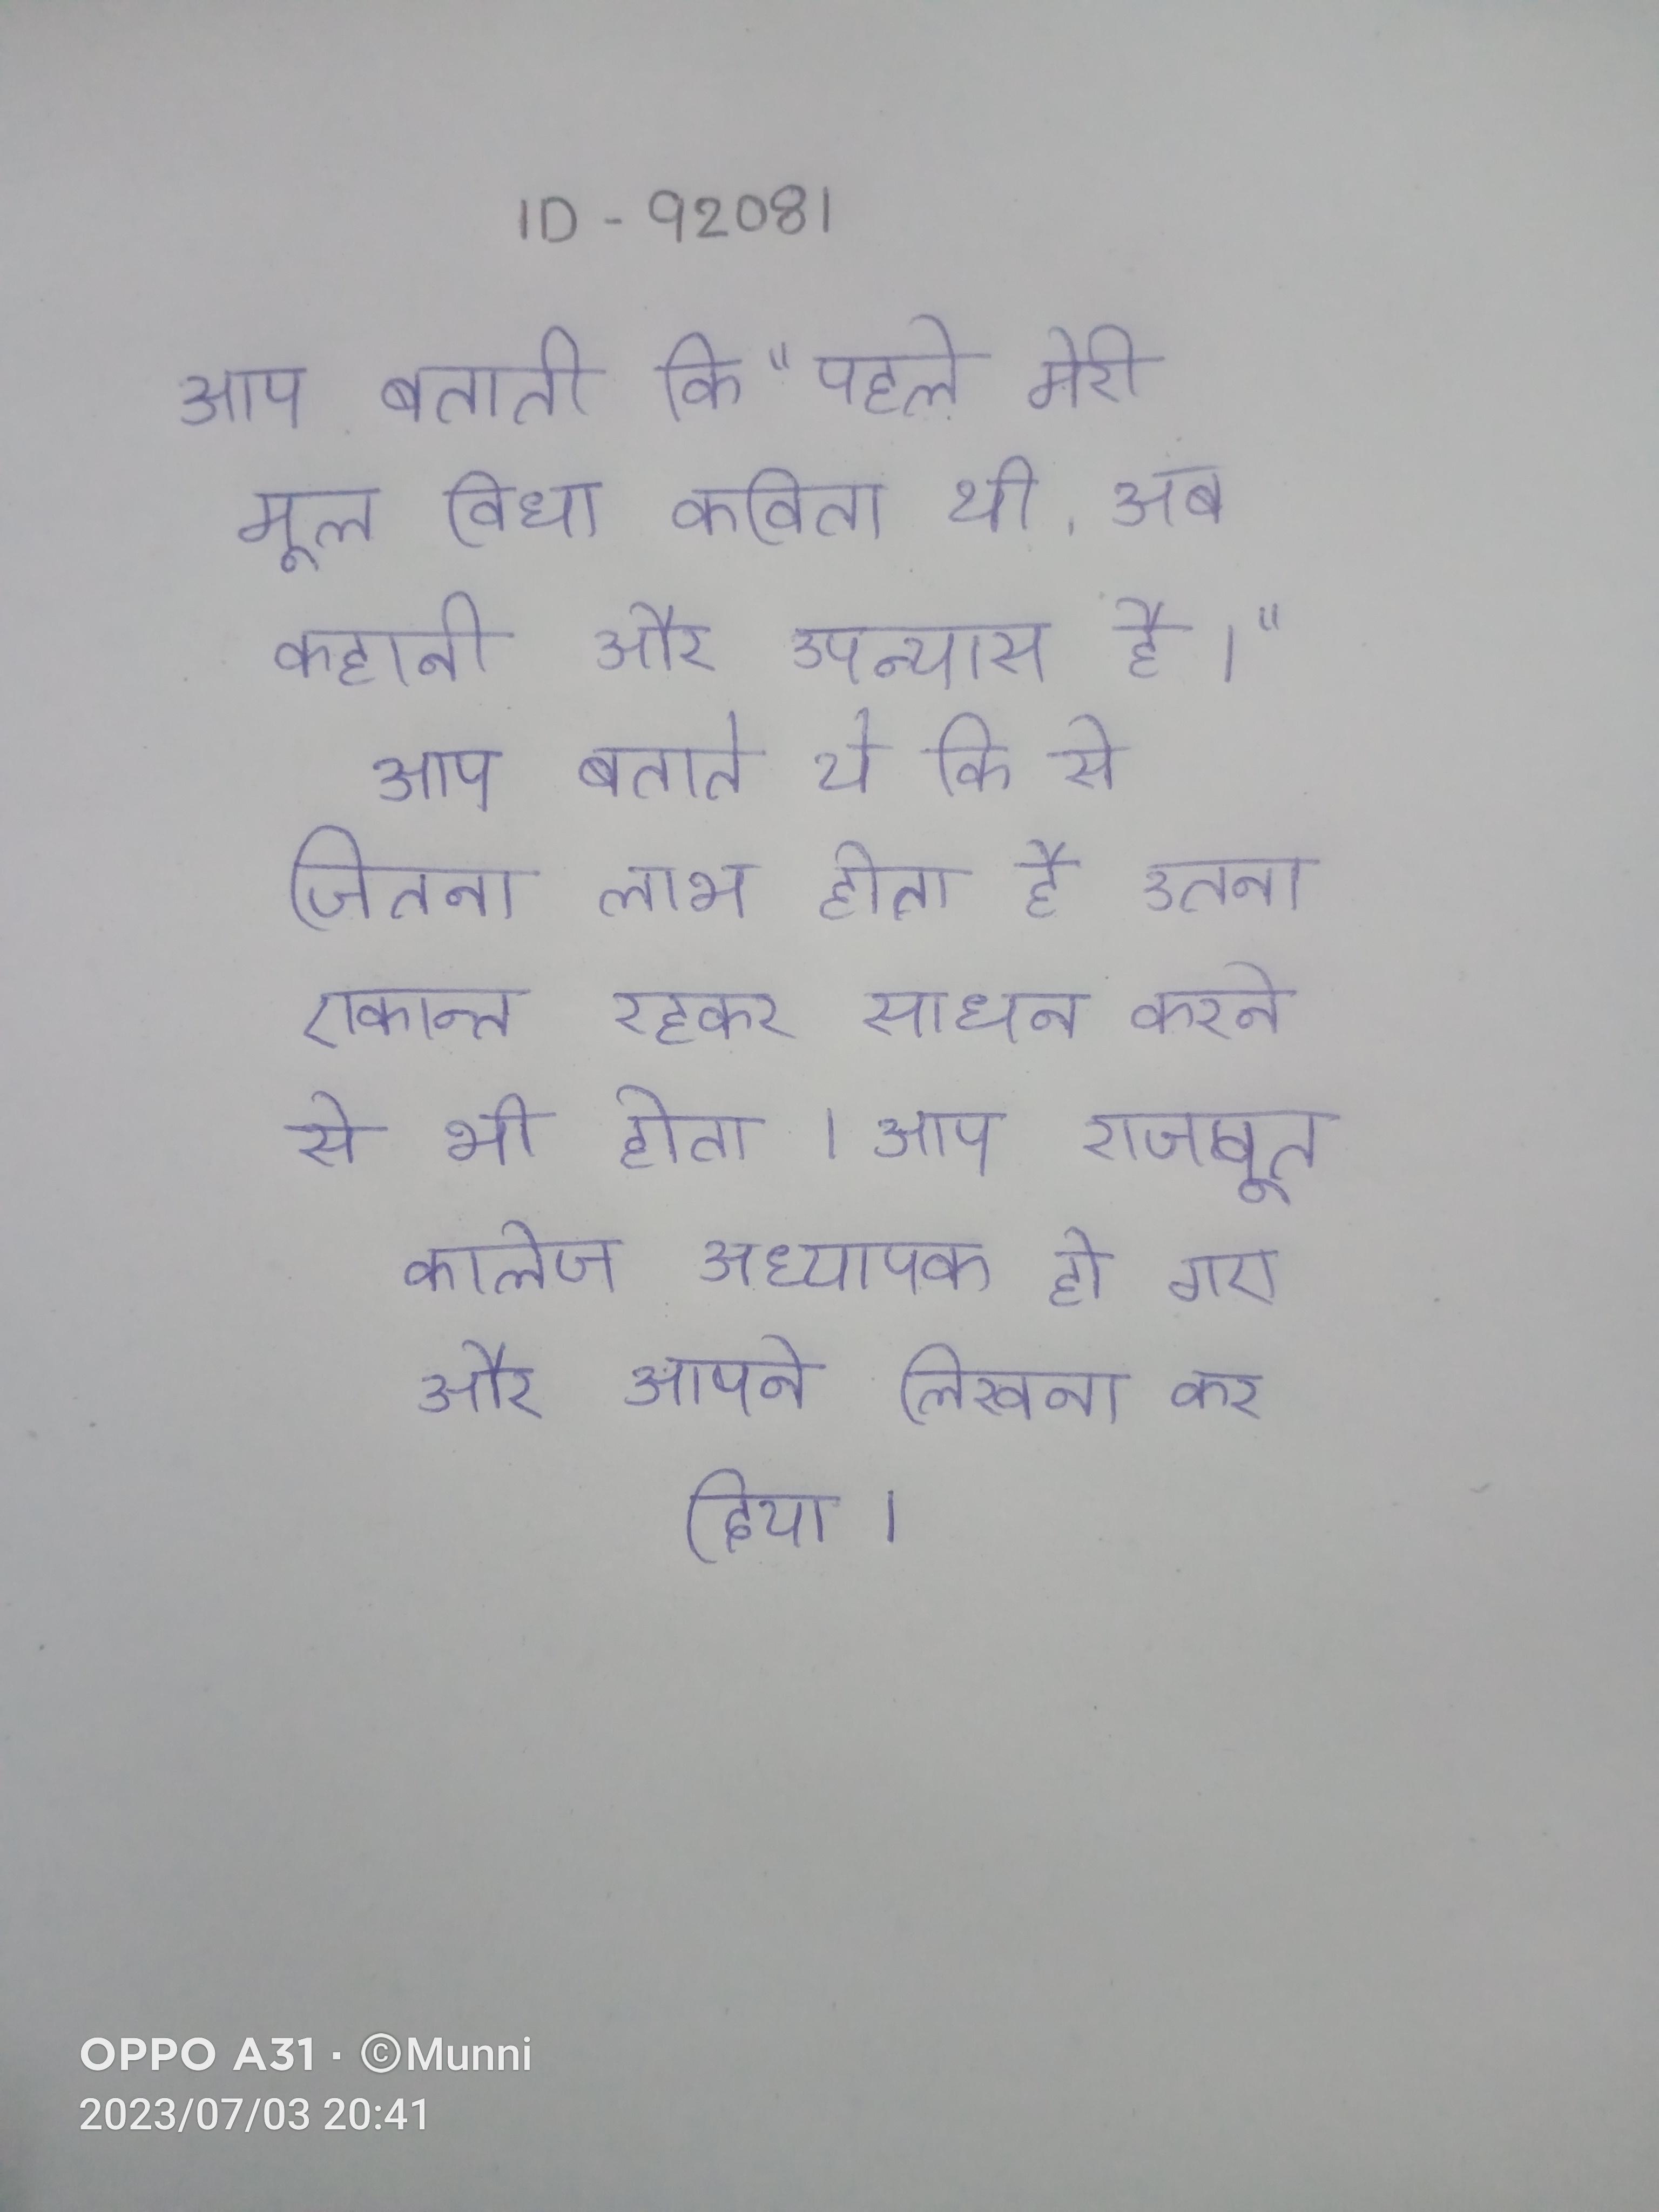
आप बताती कि "पहले मेरी मूल विधा कविता थी, अब कहानी और उपन्यास है।" आप बताते थे कि से जितना लाभ होता है उतना एकान्त रहकर साधन करने से भी होता । आप राजपूत कालेज अध्यापक हो गए और आपने लिखना कर दिया ।